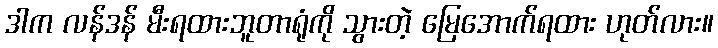
ဒါက လန်ဒန် မီးရထားဘူတာရုံကို သွားတဲ့ မြေအောက်ရထား ဟုတ်လား။